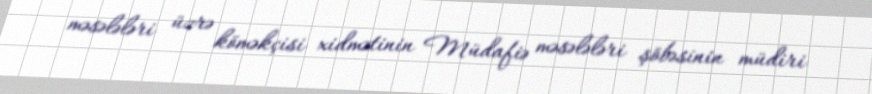
məsələləri üzrə köməkçisi xidmətinin Müdafiə məsələləri şöbəsinin müdiri